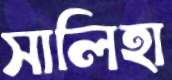
সালিহা